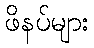
ဖိနပ်များ